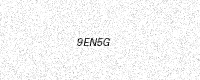
Text: 9EN5G